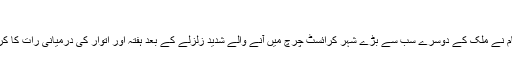
(23.02.2011)
نیوزی لینڈ میں حکام نے ملک کے دوسرے سب سے بڑے شہر کرائسٹ چرچ میں آنے والے شدید زلزلے کے بعد ہفتہ اور اتوار کی درمیانی رات کا کرفیو نافذ کر دیا ہے۔